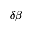
\delta \beta